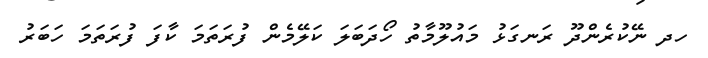
ހދ ނޭކުރެންދޫ ރަނގަޅު މައުލޫމާތު ހޯދަބަލަ ކަލޭމެން ފުރަތަމަ ކާފަ ފުރަތަމަ ހަބަރު